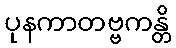
ပုနကာတဗ္ဗကန္တိ